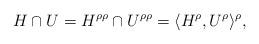
LaTeX: \begin{align*}H \cap U = H^{\rho \rho }\cap U^{\rho \rho} = \langle H^{\rho},U^{\rho} \rangle^{\rho},\end{align*}